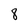
Character: 8